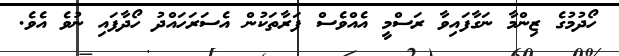
ހޯދުމުގެ ޒިންމާ ނަގާފައިވާ ރަސްމީ އެއްވެސް ފަރާތަކުން އެސަރަހައްދު ހޯދާފައި ނުވެ އެވެ.